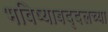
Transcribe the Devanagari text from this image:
भविष्याबद्दलच्या